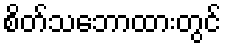
စိတ်သဘောထားတွင်